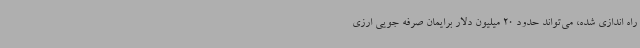
راه اندازی شده، می‌تواند حدود 20 میلیون دلار برایمان صرفه جویی ارزی